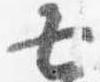
七